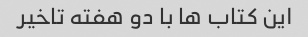
این کتاب ها با دو هفته تاخیر